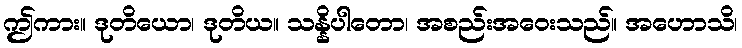
ဤကား။ ဒုတိယော၊ ဒုတိယ။ သန္နိပါတော၊ အစည်းအဝေးသည်။ အဟောသိ၊